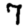
Digit: 7